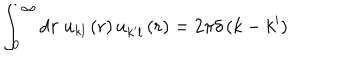
\int _ { 0 } ^ { \infty } \mathrm { d } r \; u _ { k l } \left( r \right) u _ { k ^ { \prime } l } \left( r \right) = 2 \pi \delta \left( k - k ^ { \prime } \right)